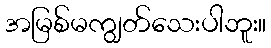
အမြစ်မကျွတ်သေးပါဘူး။